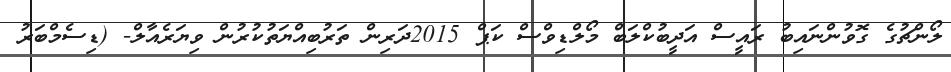
ލޯންޗުގެ ގޮވުންނައިބު ރައީސް އަދީބުކްލަބް މޯލްޑިވްސް ކަޕް 2015ދަރިން ތަރުބިއްޔަތުކުރުން ވިޔަރެއާލް- (ޑިސެމްބަރު